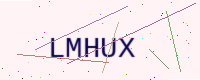
Text: LMHUX